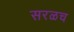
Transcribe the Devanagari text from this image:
सरळच